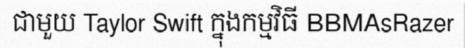
ជាមួយ Taylor Swift ក្នុងកម្មវិធី BBMAsRazer